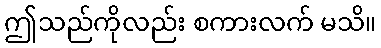
ဤသည်ကိုလည်း စကားလက် မသိ။